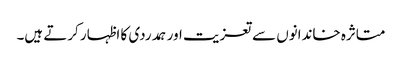
متاثرہ خاندانوں سےتعزیت اور ہمدردی کا اظہار کرتے ہیں۔